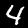
Digit: 4